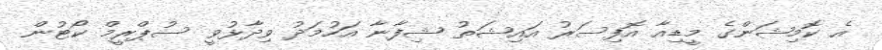
އެ ކޮމިޝަންގެ މީޑިއާ އޮފިސަރު އައިޝަތު ޝިފާނާ އަހުމަދު ވިދާޅުވީ ސުޕްރީމް ކޯޓުން